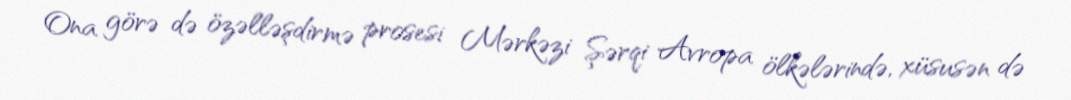
Ona görə də özəlləşdirmə prosesi Mərkəzi Şərqi Avropa ölkələrində, xüsusən də